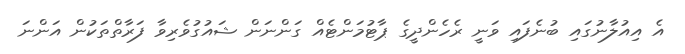
އެ އިއުލާނުގައި ބުނެފައި ވަނީ ރެހެންދީގެ ޕާޓުމަންޓެއް ގަންނަން ޝައުގުވެރިވާ ފަރާތްތަކުން އަންނަ